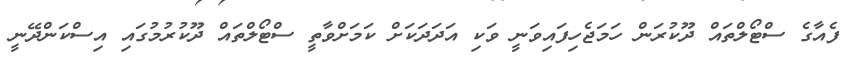
ފެއާގެ ސްޓޯލްތައް ދޫކުރަން ހަމަޖެހިފައިވަނީ ވަކި އަދަދަކަށް ކަމަށްވާތީ ސްޓޯލްތައް ދޫކުރުމުގައި އިސްކަންދޭނީ